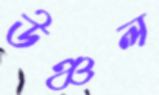
উঞ্চল